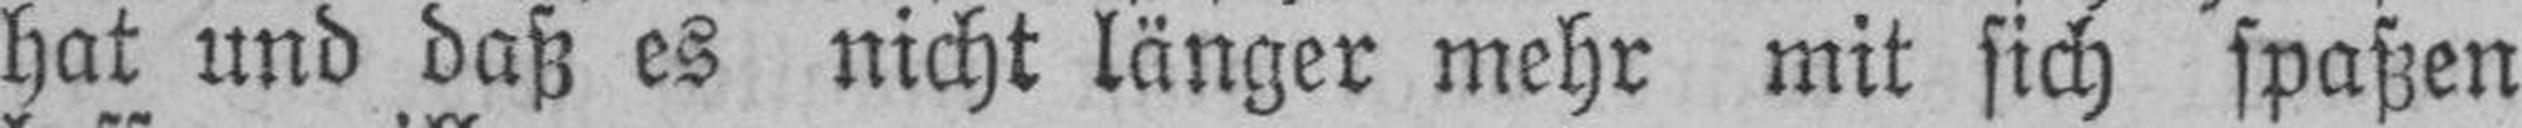
hat und daß es nicht länger mehr mit sich spaßen